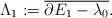
LaTeX: \begin{align*}\Lambda_{1}:=\overline{\partial E_{1}-\lambda_{0}}.\end{align*}